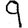
Digit: 9